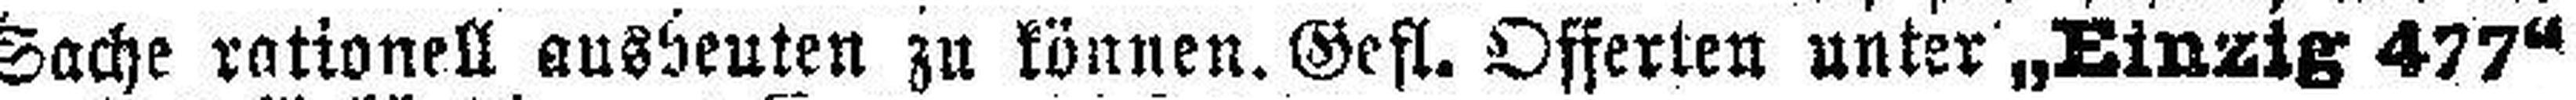
Sache rationell ausbeuten zu können . Gefl. Offerten unter „Einzig 477“